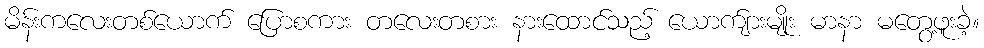
မိန်းကလေးတစ်ယောက် ပြောစကား တလေးတစား နားထောင်သည့် ယောက်ျားမျိုး မာနာ မတွေ့ဖူးခဲ့။